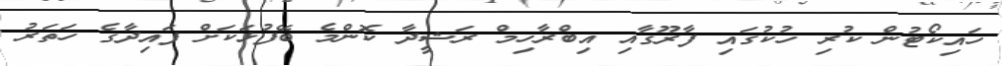
ހައިކޯޓުން ކުރި ހުކުގައި ފާރޫގާއި އިބްރާހިމް ރަޝީދާ ކޮންމެ ބޭފުޅަކަށް ފައިދާގެ ހަތަރު